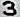
3